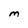
Character: M